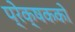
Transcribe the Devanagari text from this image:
प्रेक्षकको